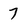
Character: 7